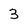
Character: 3